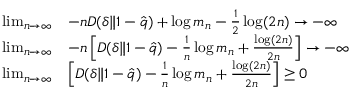
\begin{array} { r l } { \operatorname* { l i m } _ { n \to \infty } } & { - n D ( \delta \| 1 - \hat { q } ) + \log m _ { n } - \frac { 1 } { 2 } \log ( 2 n ) \to - \infty } \\ { \operatorname* { l i m } _ { n \to \infty } } & { - n \left[ D ( \delta \| 1 - \hat { q } ) - \frac { 1 } { n } \log m _ { n } + \frac { \log ( 2 n ) } { 2 n } \right] \to - \infty } \\ { \operatorname* { l i m } _ { n \to \infty } } & { \left[ D ( \delta \| 1 - \hat { q } ) - \frac { 1 } { n } \log m _ { n } + \frac { \log ( 2 n ) } { 2 n } \right] \ge 0 } \end{array}